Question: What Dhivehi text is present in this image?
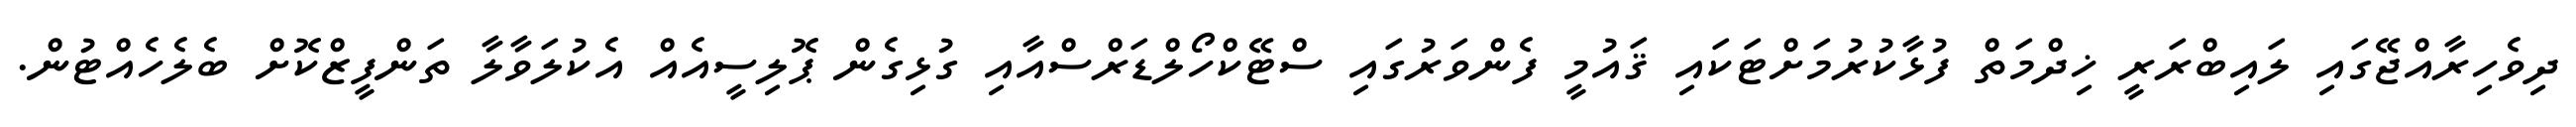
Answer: ދިވެހިރާއްޖޭގައި ލައިބްރަރީ ޚިދްމަތް ފުޅާކުރުމަށްޓަކައި ޤައުމީ ފެންވަރުގައި ސްޓޭކްހޯލްޑަރްސްއާއި ގުޅިގެން ޕޮލިސީއެއް އެކުލަވާލާ ތަންފީޒްކޮށް ބެލެހެއްޓުން.